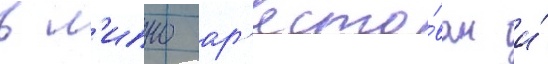
в л'ипно ар'есто́ван и́